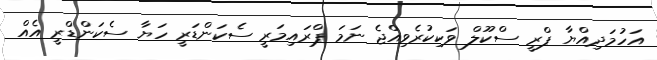
އަހުމަދިއްޔާ ޕްރީ ސްކޫލް ވަކިކުރެވިއްޖެ ނަމަ ޕްރައިމަރީ ސެކަންޑަރީ ހަޔާ ސެކަންޑްރީ އެއް